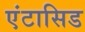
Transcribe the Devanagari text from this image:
एंटासिड